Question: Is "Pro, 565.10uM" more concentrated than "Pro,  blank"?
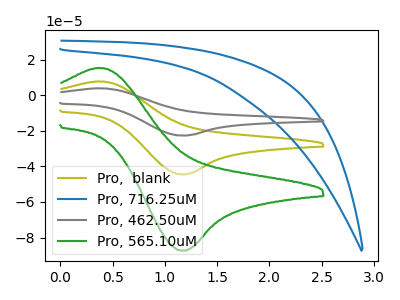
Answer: <think>The olive curve "Pro,  blank" has an anodic peak at (0.35V, 7.85uA) and a cathodic peak at (1.15V, -44.45uA). The blue curve "Pro, 716.25uM" has no peaks. The gray curve "Pro, 462.50uM" has an anodic peak at (0.35V, 15.70uA) and a cathodic peak at (1.15V, -88.90uA). The green curve "Pro, 565.10uM" has an anodic peak at (0.35V, 15.45uA) and a cathodic peak at (1.15V, -87.40uA).
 All the peaks in "Pro, 565.10uM" have a peak in "Pro,  blank" at the same potential. Every peak in "Pro, 565.10uM" is higher than every peak in "Pro,  blank".</think>
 <answer>"Pro, 565.10uM" has more signal than "Pro,  blank" and so likely has a higher concentration.</answer>
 <eval>more_concentration</eval>